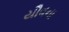
યૌવના